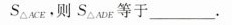
S\triangle_{ACE},则S\triangle_{ADE}等于___.